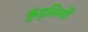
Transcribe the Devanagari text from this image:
कुंड्लियों